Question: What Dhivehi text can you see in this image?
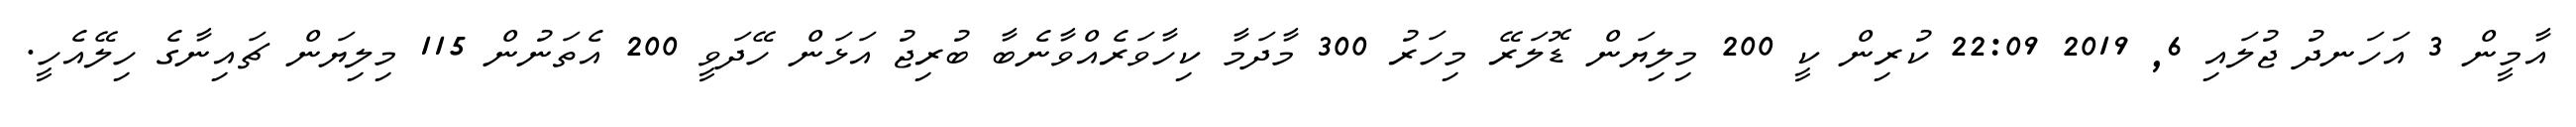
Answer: އާމީން 3 އަހަނދު ޖުލައި 6, 2019 22:09 ކުރިން ކީ 200 މިލިޔަން ޑޮލަރޭ މިހަރު 300 މާދަމާ ކިހާވަރެއްވާނެބާ ބުރިޖު އަޅަން ހޭދަވީ 200 އެތަނުން 115 މިލިޔަން ޗައިނާގެ ހިލޭއެހީ.